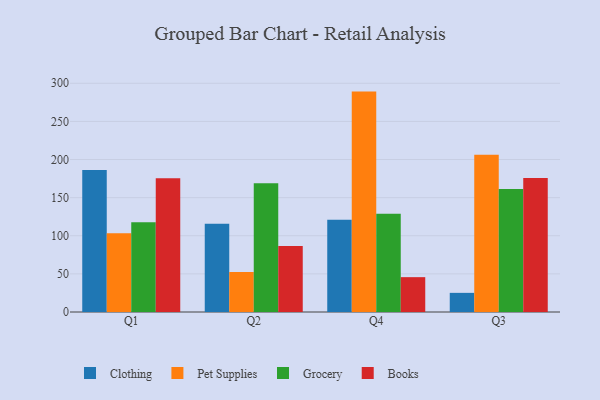
{"axis": {"x": "Quarter", "y": "Conversion Rate (%)"}, "legend": ["Books", "Clothing", "Grocery", "Pet Supplies"], "data": [{"x": "Q1", "y": 186.1, "type": "Clothing"}, {"x": "Q1", "y": 103.2, "type": "Pet Supplies"}, {"x": "Q1", "y": 117.7, "type": "Grocery"}, {"x": "Q1", "y": 175.5, "type": "Books"}, {"x": "Q2", "y": 115.7, "type": "Clothing"}, {"x": "Q2", "y": 52.5, "type": "Pet Supplies"}, {"x": "Q2", "y": 169.0, "type": "Grocery"}, {"x": "Q2", "y": 86.5, "type": "Books"}, {"x": "Q4", "y": 121.0, "type": "Clothing"}, {"x": "Q4", "y": 289.1, "type": "Pet Supplies"}, {"x": "Q4", "y": 128.8, "type": "Grocery"}, {"x": "Q4", "y": 45.7, "type": "Books"}, {"x": "Q3", "y": 25.1, "type": "Clothing"}, {"x": "Q3", "y": 206.2, "type": "Pet Supplies"}, {"x": "Q3", "y": 161.5, "type": "Grocery"}, {"x": "Q3", "y": 175.8, "type": "Books"}]}